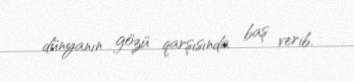
dünyanın gözü qarşısında baş verib.